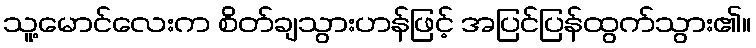
သူ့မောင်လေးက စိတ်ချသွားဟန်ဖြင့် အပြင်ပြန်ထွက်သွား၏။